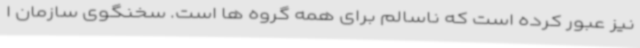
نیز عبور کرده است که ناسالم برای همه گروه ها است. سخنگوی سازمان ا